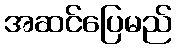
အဆင်ပြေမည်